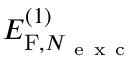
E _ { \mathrm { F } , N _ { \mathrm { ~ e ~ x ~ c ~ } } } ^ { ( 1 ) }